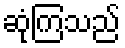
ဆုံကြသည်